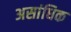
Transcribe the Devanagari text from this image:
असांधिक